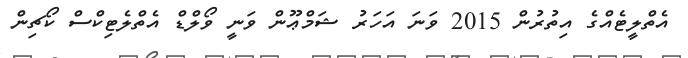
އެތްލީޓެއްގެ އިތުރުން 2015 ވަނަ އަހަރު ޝަމްޢޫން ވަނީ ވޯލްޑް އެތްލެޓިކްސް ކޯޗިން